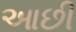
આછી